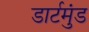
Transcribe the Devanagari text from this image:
डार्टमुंड